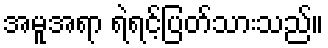
အမူအရာ ရဲရင့်ပြတ်သားသည်။